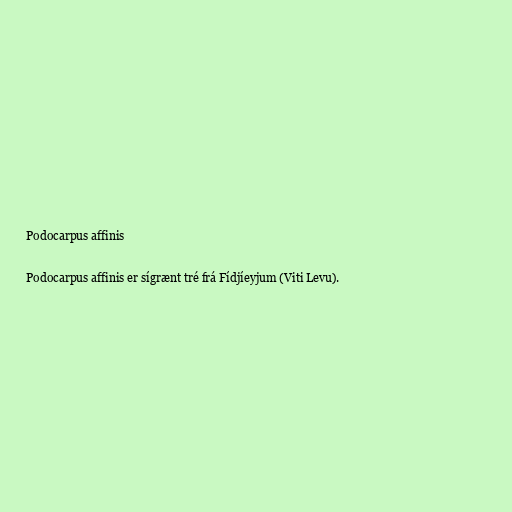
Podocarpus affinis

Podocarpus affinis er sígrænt tré frá Fídjíeyjum (Viti Levu).